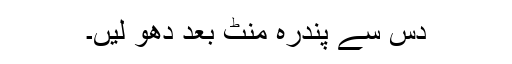
دس سے پندرہ منٹ بعد دھو لیں۔